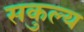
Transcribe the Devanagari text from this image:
सकुल्य